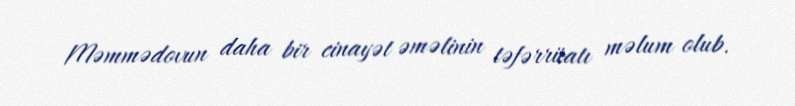
Məmmədovun daha bir cinayət əməlinin təfərrüatı məlum olub.